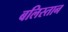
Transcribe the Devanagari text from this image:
बलिस्तान